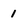
Character: 1